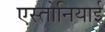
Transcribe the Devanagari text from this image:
एस्तोनियाई